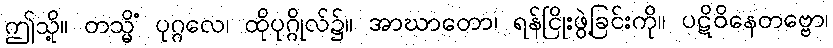
ဤသို့။ တသ္မိံ ပုဂ္ဂလေ၊ ထိုပုဂ္ဂိုလ်၌။ အာဃာတော၊ ရန်ငြိုးဖွဲ့ခြင်းကို။ ပဋိဝိနေတဗ္ဗော၊